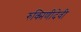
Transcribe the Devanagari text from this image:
रुक्मिणीदेवी